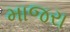
માજરા